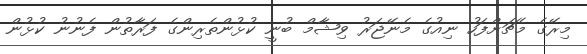
މިރޭގެ މެޗަށްފަހު ނިއުގެ މެނޭޖަރު ވިޝާމް ބުނީ ކުޅުންތެރިންގެ ފަރާތުން ފެނުނު ކުޅުން